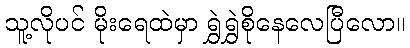
သူ့လိုပင် မိုးရေထဲမှာ ရွှဲရွှဲစိုနေလေပြီလော။